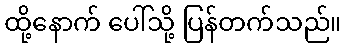
ထို့နောက် ပေါ်သို့ ပြန်တက်သည်။